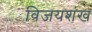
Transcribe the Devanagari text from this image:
विजयशंख